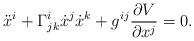
LaTeX: \begin{align*}\ddot{x}^i + \Gamma^i_{jk} \dot{x}^j \dot{x}^k + g^{ij} \frac{\partial V}{\partial x^j} = 0.\end{align*}